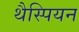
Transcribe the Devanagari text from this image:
थैस्पियन